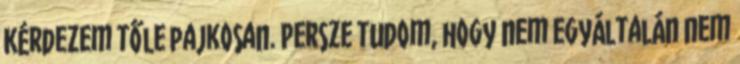
Kérdezem tőle pajkosan. Persze tudom, hogy nem egyáltalán nem